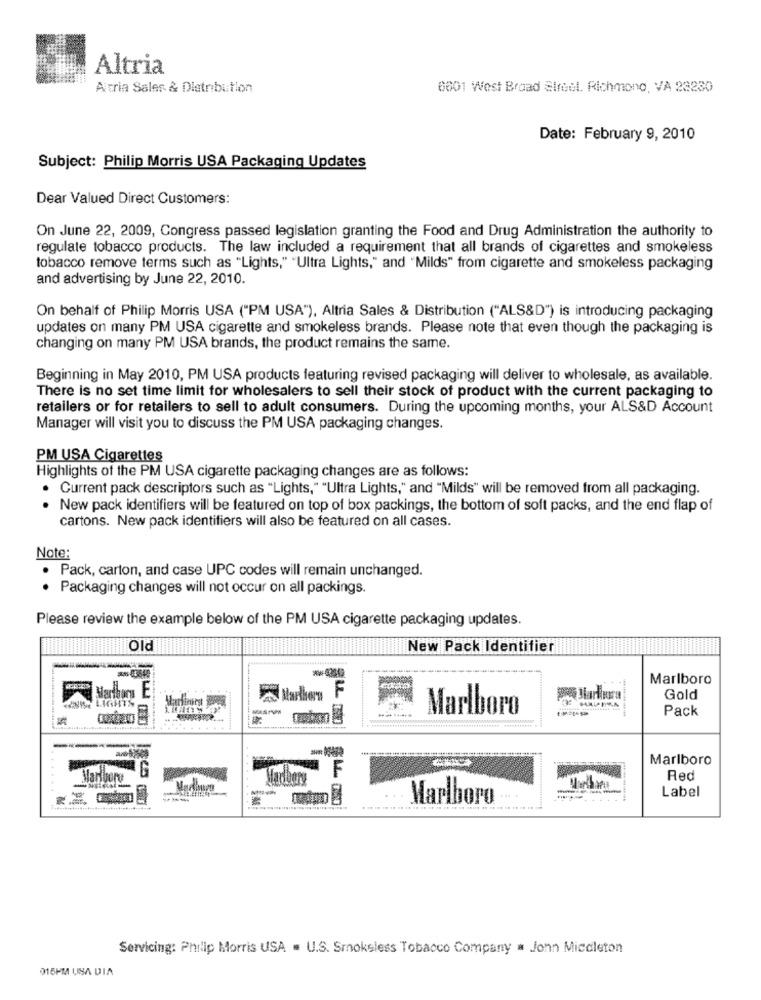
Altria
Altria Sales & Distribution
6601 West Broad Street. Richmond, VA 23230
Date: February 9, 2010
Subject: Philip Morris USA Packaging Updates
Dear Valued Direct Customers:
On June 22, 2009, Congress passed legislation granting the Food and Drug Administration the authority to
regulate tobacco products. The law included a requirement that all brands of cigarettes and smokeless
tobacco remove terms such as "Lights," "Ultra Lights," and "Milds" from cigarette and smokeless packaging
and advertising by June 22, 2010.
On behalf of Philip Morris USA ("PM USA"), Altria Sales & Distribution ("ALS&D") is introducing packaging
updates on many PM USA cigarette and smokeless brands. Please note that even though the packaging is
changing on many PM USA brands, the product remains the same.
Beginning in May 2010, PM USA products featuring revised packaging will deliver to wholesale, as available.
There is no set time limit for wholesalers to sell their stock of product with the current packaging to
retailers or for retailers to sell to adult consumers. During the upcoming months, your ALS&D Account
Manager will visit you to discuss the PM USA packaging changes.
PM USA Cigarettes
Highlights of the PM USA cigarette packaging changes are as follows:
Current pack descriptors such as "Lights," "Ultra Lights," and "Milds" will be removed from all packaging.
New pack identifiers will be featured on top of box packings, the bottom of soft packs, and the end flap of
cartons. New pack identifiers will also be featured on all cases.
Note:
Pack, carton, and case UPC codes will remain unchanged.
Packaging changes will not occur on all packings.
..
Please review the example below of the PM USA cigarette packaging updates.
Old
New Pack Identifier
Marlboro
F
Gold
Marlboro
Pack
Marlboro
F
Red
......
Medhour
Label
.........
Marlboro
Servicing: Philip Morris USA . U.S. Smokeless Tobacco Company a Jonn Miccleton
015PM USA DIA